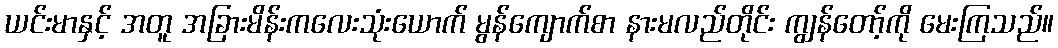
ယင်းမာနှင့် အတူ အခြားမိန်းကလေးသုံးယောက် မွန်ကျောက်စာ နားမလည်တိုင်း ကျွန်တော့်ကို မေးကြသည်။